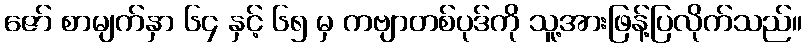
ဇော် စာမျက်နှာ ၆၄ နှင့် ၆၅ မှ ကဗျာတစ်ပုဒ်ကို သူ့အားဖြန့်ပြလိုက်သည်။